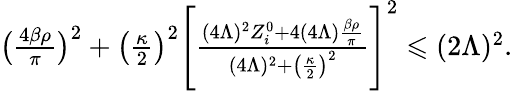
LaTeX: \begin{array}{r}{\big(\frac{4\beta\rho}{\pi}\big)^{2}+\big(\frac{\kappa}{2}\big)^{2}\Bigg[\frac{(4\Lambda)^{2}Z_{i}^{0}+4(4\Lambda)\frac{\beta\rho}{\pi}}{(4\Lambda)^{2}+\big(\frac{\kappa}{2}\big)^{2}}\Bigg]^{2}\leqslant(2\Lambda)^{2}.\ \ }\end{array}